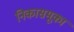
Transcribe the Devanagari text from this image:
निकासमूका